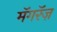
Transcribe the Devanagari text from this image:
मॅगरॅज़